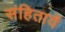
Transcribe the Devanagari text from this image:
संहितायें